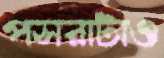
পসরাটাও